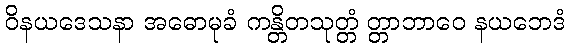
ဝိနယဒေသနာ အဓောမုခံ ကန္တိတသုတ္တံ တ္တာဘာဝေ နယဘေဒံ